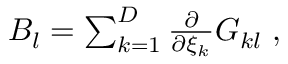
\begin{array} { r } { B _ { l } = \sum _ { k = 1 } ^ { D } \frac { \partial } { \partial \xi _ { k } } G _ { k l } \; , } \end{array}